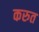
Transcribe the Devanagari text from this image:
करुत